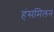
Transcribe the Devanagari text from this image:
हंसमिलन